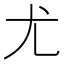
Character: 尤